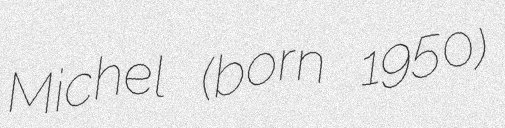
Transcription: Michel (born 1950)